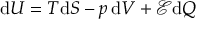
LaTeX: \mathrm { d } U = T \mathrm { d } S - p \, \mathrm { d } V + { \mathcal { E } } \mathrm { d } Q